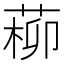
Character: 𦵂